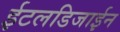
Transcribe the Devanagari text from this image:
ईटलडिजाईन